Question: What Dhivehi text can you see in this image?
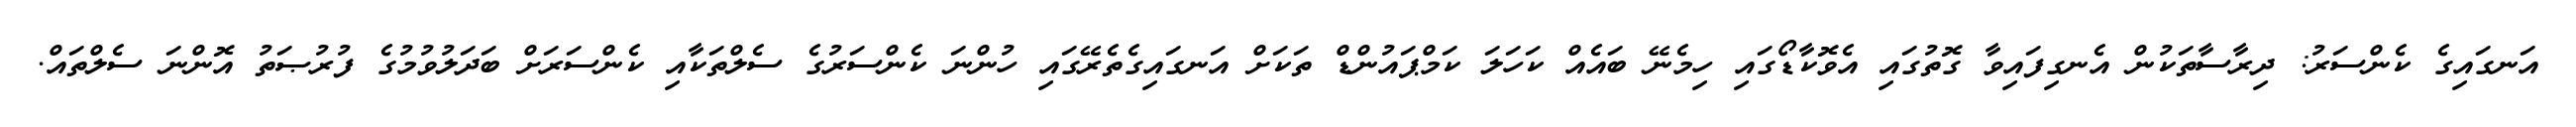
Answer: އަނގައިގެ ކެންސަރު: ދިރާސާތަކުން އެނގިފައިވާ ގޮތުގައި އެވޮކާޑޯގައި ހިމެނޭ ބައެއް ކަހަލަ ކަމްޕައުންޑް ތަކަށް އަނގައިގެތެރޭގައި ހުންނަ ކެންސަރުގެ ސެލްތަކާއި ކެންސަރަށް ބަދަލުވުމުގެ ފުރުޞަތު އޮންނަ ސެލްތައް.